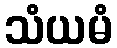
သံယမံ